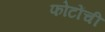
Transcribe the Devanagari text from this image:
फोटोंची